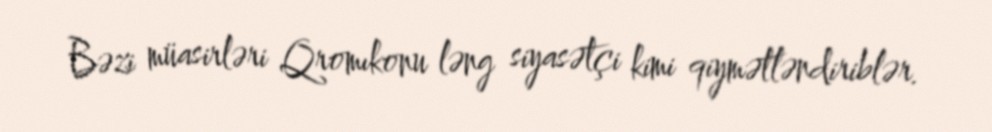
Bəzi müasirləri Qromıkonu ləng siyasətçi kimi qiymətləndiriblər.